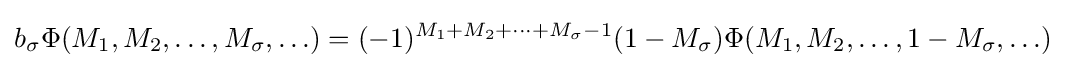
b_{\sigma }\Phi (M_{1},M_{2},\ldots ,M_{\sigma },\ldots )=(-1)^{M_{1}+M_{2}+\cdots +M_{\sigma }-1}(1-M_{\sigma })\Phi (M_{1},M_{2},\ldots ,1-M_{\sigma },\ldots )